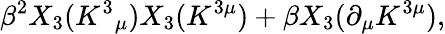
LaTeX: \beta^{2}X_{3}(K^{3}{}_{\mu})X_{3}(K^{3\mu})+\beta X_{3}(\partial_{\mu}K^{3\mu}),